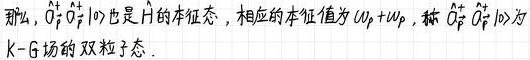
那么, $\hat{a}_{k}^{+} \hat{a}_{\bar{k}}^{+}|0\rangle$ 也是 $\hat{H}$ 的本征态, 相应的本征值为 $\omega_{k}+\omega_{\bar{k}}$, 称 $\hat{a}_{k}^{+} \hat{a}_{\bar{k}}^{+}|0\rangle$ 为 $K - G$ 场的双粒子态.